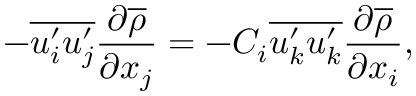
- \overline { { u _ { i } ^ { \prime } u _ { j } ^ { \prime } } } \frac { \partial \overline { { \rho } } } { \partial x _ { j } } = - C _ { i } \overline { { u _ { k } ^ { \prime } u _ { k } ^ { \prime } } } \frac { \partial \overline { { \rho } } } { \partial x _ { i } } ,